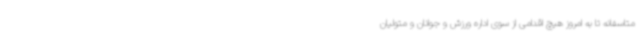
متاسفانه تا به امروز هیچ اقدامی از سوی اداره ورزش و جوانان و متولیان